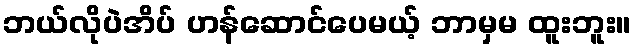
ဘယ်လိုပဲအိပ် ဟန်ဆောင်ပေမယ့် ဘာမှမ ထူးဘူး။